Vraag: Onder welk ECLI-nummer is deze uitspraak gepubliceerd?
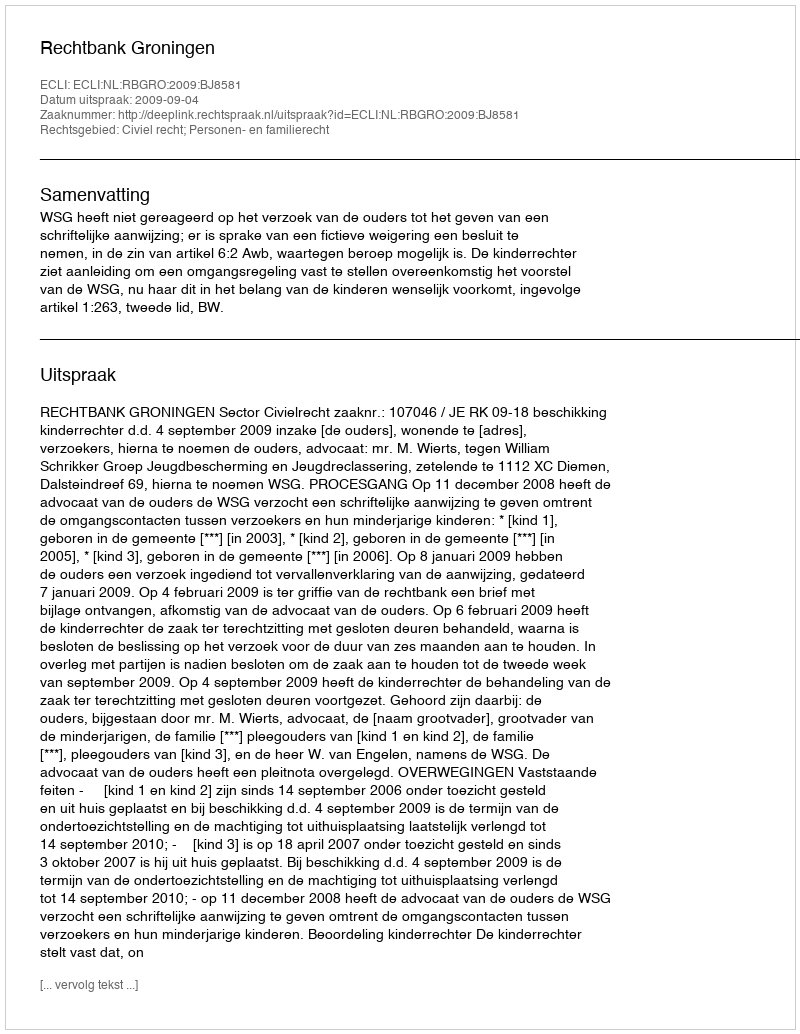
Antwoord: ECLI:NL:RBGRO:2009:BJ8581